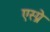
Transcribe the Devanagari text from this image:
एस्प्रे